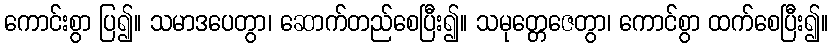
ကောင်းစွာ ပြ၍။ သမာဒပေတွာ၊ ဆောက်တည်စေပြီး၍။ သမုတ္တေဇေတွာ၊ ကောင်စွာ ထက်စေပြီး၍။